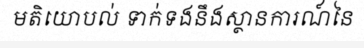
មតិយោបល់ ទាក់ទងនឹងស្ថានការណ៍នៃ